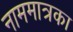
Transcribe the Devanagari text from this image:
नाममात्रका